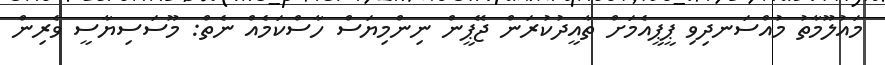
މައުލޫމާތު މުއްސަނދިވި ޕީޕީއެމަށް ތާއީދުކުރަން ޖޭޕީން ނިންމިޔަސް ހާސްކަމެއް ނެތް: މޫސަސިޔާސީ ވެރިން